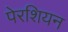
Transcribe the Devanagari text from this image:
पेरशियन